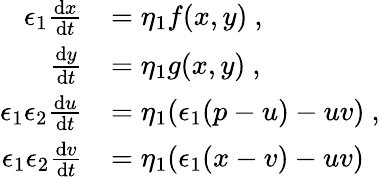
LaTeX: \begin{array}{rl}{\epsilon_{1}\frac{\mathrm{d}x}{\mathrm{d}t}}&{=\eta_{1}f(x,y)\ ,}\\ {\frac{\mathrm{d}y}{\mathrm{d}t}}&{=\eta_{1}g(x,y)\ ,}\\ {\epsilon_{1}\epsilon_{2}\frac{\mathrm{d}u}{\mathrm{d}t}}&{=\eta_{1}(\epsilon_{1}(p-u)-uv)\ ,}\\ {\epsilon_{1}\epsilon_{2}\frac{\mathrm{d}v}{\mathrm{d}t}}&{=\eta_{1}(\epsilon_{1}(x-v)-uv)\ }\end{array}